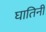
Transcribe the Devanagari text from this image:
घातिनी